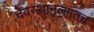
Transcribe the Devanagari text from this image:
देवस्थानलगतच